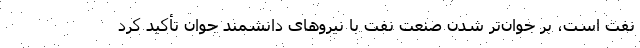
نفت است، بر جوان‌تر شدن صنعت نفت با نیروهای دانشمند جوان تأکید کرد